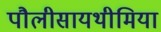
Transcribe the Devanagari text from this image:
पौलीसायथीमिया